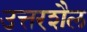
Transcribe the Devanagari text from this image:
उत्तरशैल